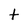
Character: t